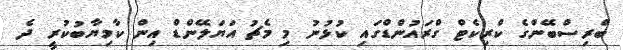
ބްރިސްބޭންގެ ކްރިކެޓް ގްރައުންޑްގައި ކުޅުނު މި މެޗު އަޔަލޭންޑް އިން ކާމިޔާބުކުރީ ދެ